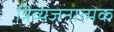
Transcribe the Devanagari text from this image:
त्रिव्यंजनात्मक